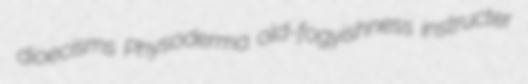
dioecisms Physoderma old-fogyishness instructer